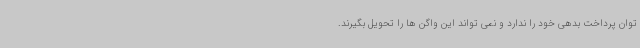
توان پرداخت بدهی خود را ندارد و نمی تواند این واگن ها را تحویل بگیرند.